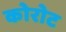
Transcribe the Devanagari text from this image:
कोरोट